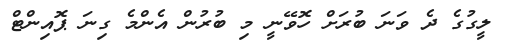
ލީގުގެ ދެ ވަނަ ބުރަށް ހޮވޭނީ މި ބުރުން އެންމެ ގިނަ ޕޮއިންޓް